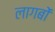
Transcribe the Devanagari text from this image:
लागबों